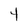
Character: t